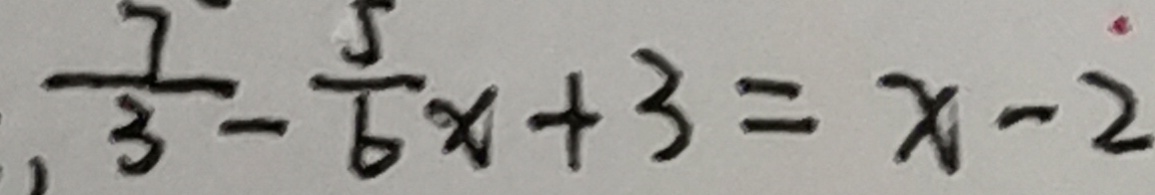
, \frac { 7 } { 3 } - \frac { 5 } { 6 } x + 3 = x - \dot { 2 }